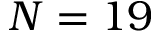
N = 1 9